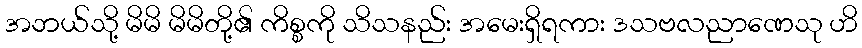
အဘယ်သို့ မိမိ မိမိတို့၏ ကိစ္စကို သိသနည်း အမေးရှိရကား ဒသဗလညာဏေသု ဟိ